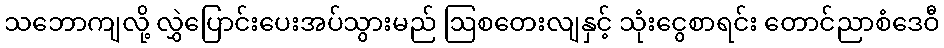
သဘောကျလို့ လွှဲပြောင်းပေးအပ်သွားမည် ဩစတေးလျနှင့် သုံးငွေစာရင်း တောင်ညာစံဒေဝီ